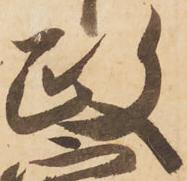
政